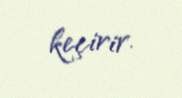
keçirir.